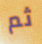
ثم